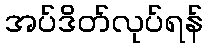
အပ်ဒိတ်လုပ်ရန်